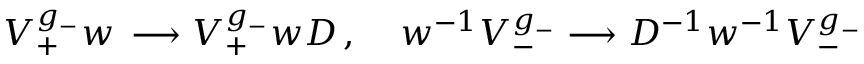
{ \cal V } _ { + } ^ { g _ { - } } w \, \longrightarrow { \cal V } _ { + } ^ { g _ { - } } w D \, , \; \; \; \; w ^ { - 1 } { \cal V } _ { - } ^ { g _ { - } } \longrightarrow D ^ { - 1 } w ^ { - 1 } { \cal V } _ { - } ^ { g _ { - } } \,